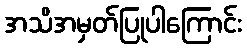
အသိအမှတ်ပြုပါကြောင်း